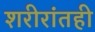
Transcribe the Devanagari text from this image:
शरीरांतही